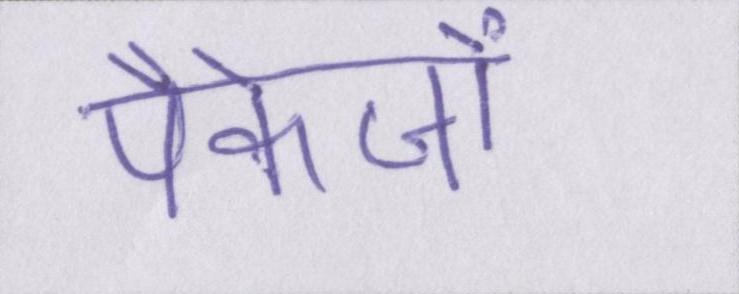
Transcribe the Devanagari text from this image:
पैकेजों